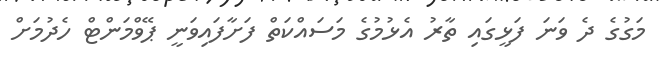
މަގުގެ ދެ ވަނަ ފަޅީގައި ތާރު އެޅުމުގެ މަސައްކަތް ފަށާފައިވަނީ ޕޭވްމަންޓް ހެދުމަށް